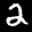
Label: 2